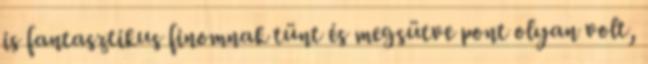
is fantasztikus finomnak tünt és megsütve pont olyan volt,